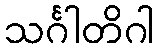
သင်္ဂါတိဂါ